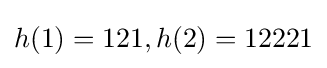
h(1)=121,h(2)=12221